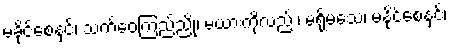
မခိုင်စေနှင့်၊ သက်ဝေကြည်ညို၊ မယားကိုလည်း၊ မရိုမသေ၊ မနိုင်စေနှင့်၊